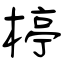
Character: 楟